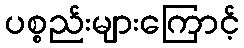
ပစ္စည်းများကြောင့်